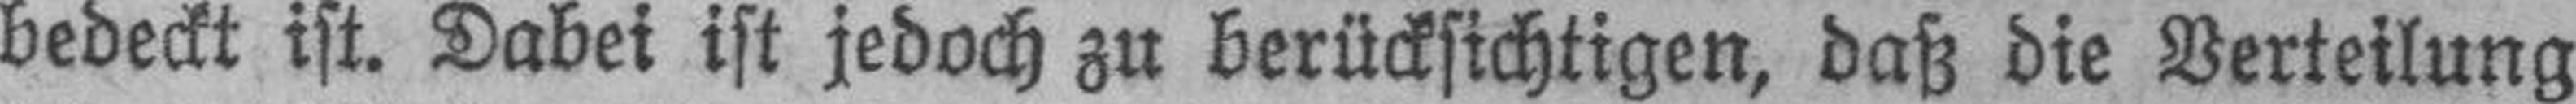
bedeckt ist. Dabei ist jedoch zu berücksichtigen, daß die Verteilung